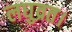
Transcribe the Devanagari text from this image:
लघुव्रत।